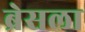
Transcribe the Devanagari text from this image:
ब्रेसला